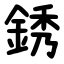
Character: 銹